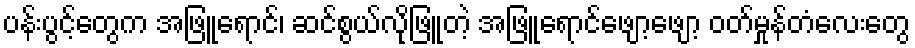
ပန်းပွင့်တွေက အဖြူရောင်၊ ဆင်စွယ်လိုဖြူတဲ့ အဖြူရောင်ဖျော့ဖျော့ ဝတ်မှုန်တံလေးတွေ